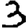
Digit: 3